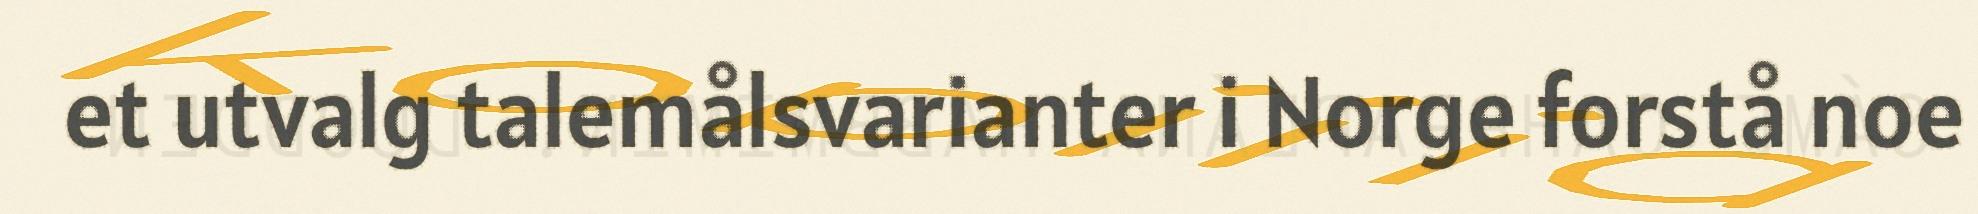
et utvalg talemålsvarianter i Norge forstå noe